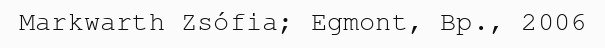
Markwarth Zsófia; Egmont, Bp., 2006